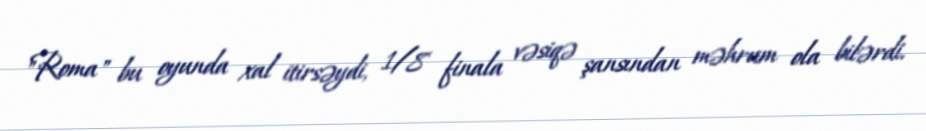
"Roma" bu oyunda xal itirsəydi, 1/8 finala vəsiqə şansından məhrum ola bilərdi.